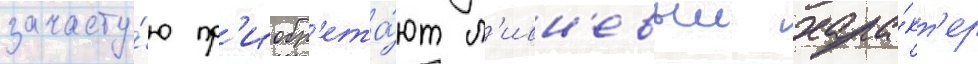
зачасту́ю пр'иобр'ета́ют л'ивн'евыи хара́кт'ер